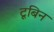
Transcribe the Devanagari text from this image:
टूबिन